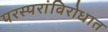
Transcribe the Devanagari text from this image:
परस्परांविरोधात